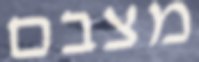
מצבם